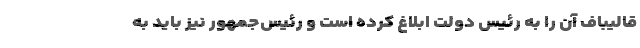
قالیباف آن را به رئیس دولت ابلاغ کرده است و رئیس‌جمهور نیز باید به